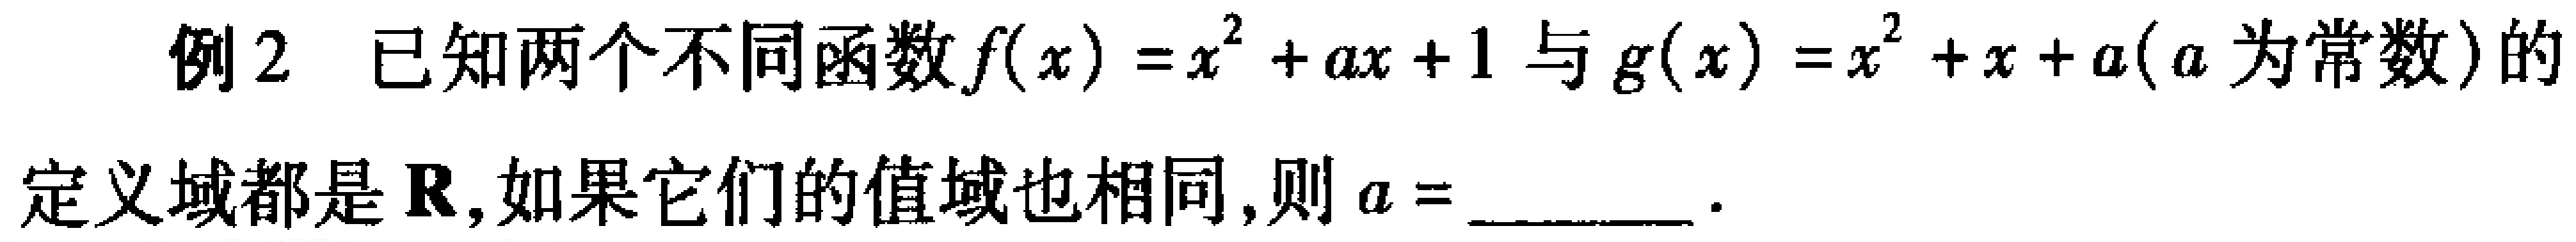
例2 已知两个不同函数\(f(x)=x^{2}+ax + 1\)与\(g(x)=x^{2}+x + a(a\)为常数\()\)的定义域都是\(\mathbf{R}\),如果它们的值域也相同,则\(a =\)______ 。